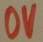
Text: 0V